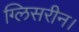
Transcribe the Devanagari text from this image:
ग्लिसरीन।